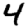
Digit: 4